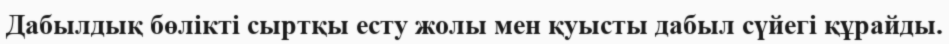
Дабылдық бөлікті сыртқы есту жолы мен қуысты дабыл сүйегі құрайды.